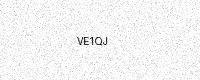
Text: VE1QJ